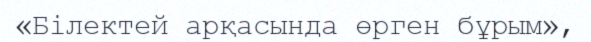
«Білектей арқасында өрген бұрым»,